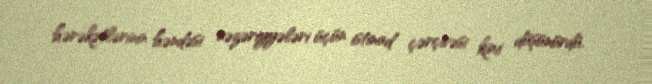
hərəkətlərinin həndəsi nəzəriyyələri üçün istinad çərçivəsi kimi düşünürdü.